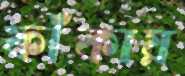
ফাঁকায়